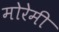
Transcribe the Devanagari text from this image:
मोरेमी